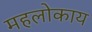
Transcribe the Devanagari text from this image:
महलोकाय